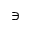
\ni